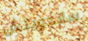
ساندويتش